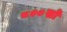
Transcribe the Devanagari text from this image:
८००सो